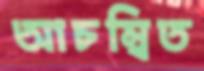
আচম্বিত